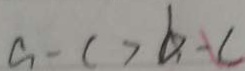
a - c > b - c